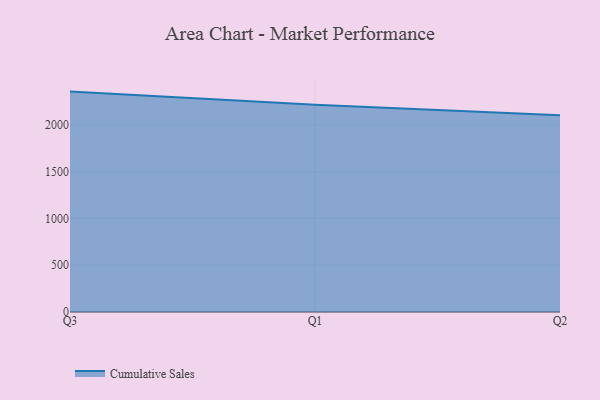
{"axis": {"x": "Quarter", "y": "Website Visitors"}, "legend": ["Cumulative Sales"], "data": [{"x": "Q3", "y": 2355.1, "type": "Cumulative Sales"}, {"x": "Q1", "y": 2213.9, "type": "Cumulative Sales"}, {"x": "Q2", "y": 2102.2, "type": "Cumulative Sales"}]}